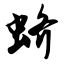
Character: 蛴